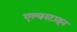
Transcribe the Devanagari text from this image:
एल्बरटाइन